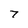
Character: 7